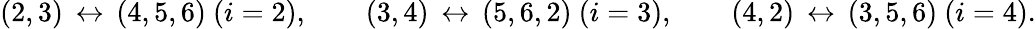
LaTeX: (2,3)\, \leftrightarrow\, (4,5,6)\ (i=2),\qquad(3,4)\, \leftrightarrow\, (5,6,2)\ (i=3),\qquad(4,2)\, \leftrightarrow\, (3,5,6)\ (i=4).